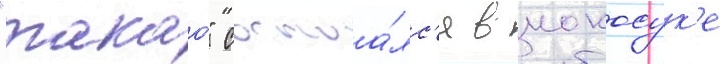
"такао" состоа́лс'я в иокосук'е